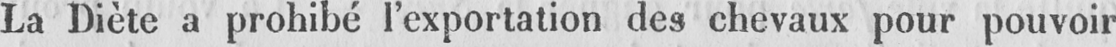
La Diète a prohibé l’exportation des chevaux pour pouvoir